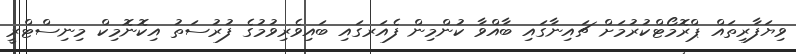
ވިޔަފާރިތައް ޕްރޮމޯޓްކުރުމަށް ޗައިނާގައި ބާއްވާ ކުންމިން ފެއަރގައި ބައިވެރިވުމުގެ ފުރުސަތު އިކޮނޮމިކް މިނިސްޓްރީ